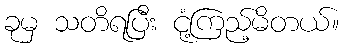
ခုမှ သတိရပြီး ငုံ့ကြည့်မိတယ်။